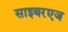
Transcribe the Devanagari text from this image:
साइबरएज